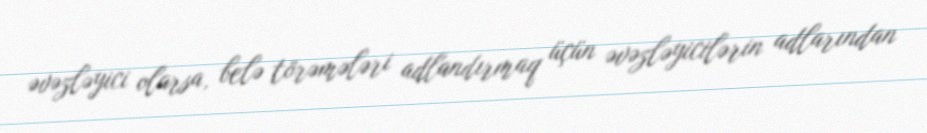
əvəzləyici olarsa, belə törəmələri adlandırmaq üçün əvəzləyicilərin adlarından